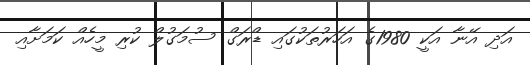
އަދި އޭނާ އަކީ 1980ގެ އަހަރުތަކުގައި ޑްރަގް ސުމަގުލް ކުރި މީހެއް ކަމަށާއި